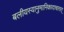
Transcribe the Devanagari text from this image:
बलीयस्यानुमानिकादाचारात्